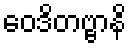
ဝေဒိတဗ္ဗာနိ